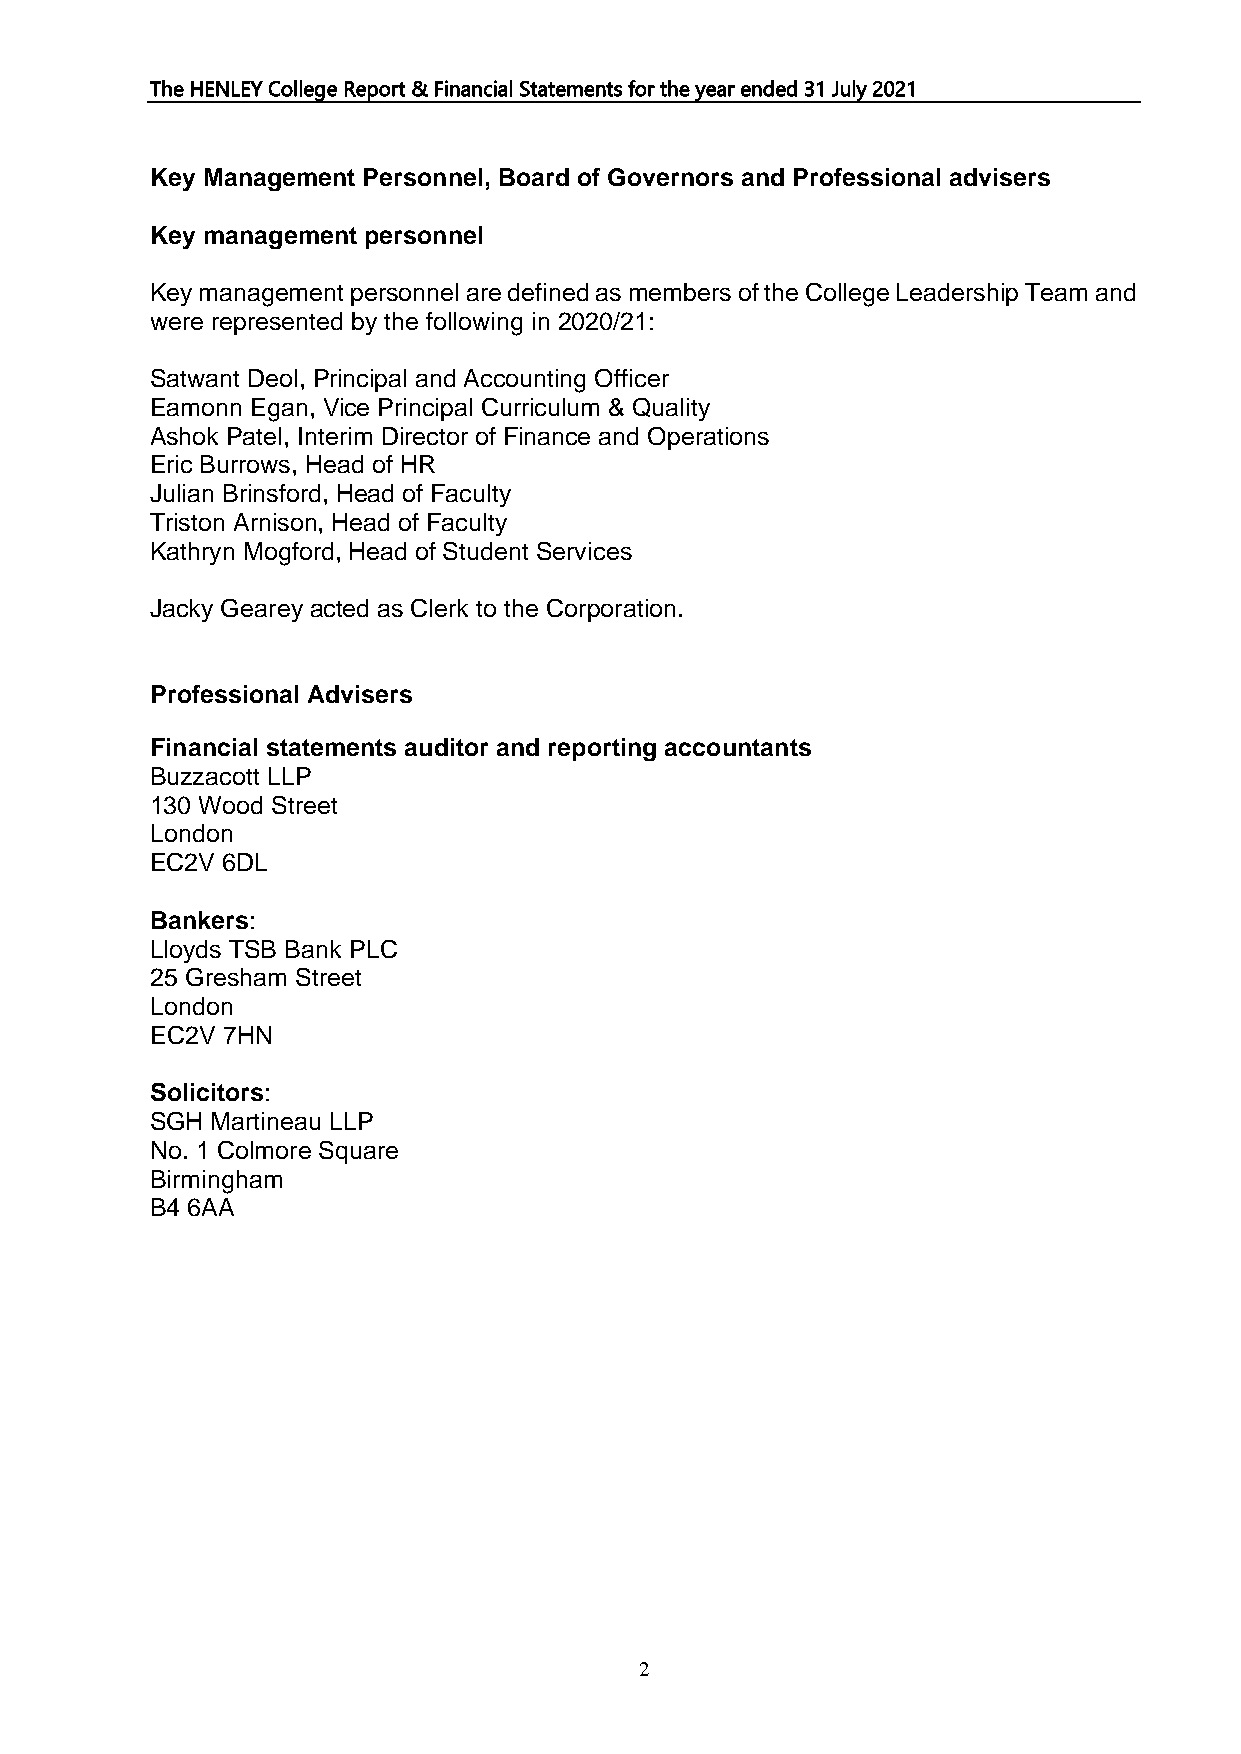
The HENLEY College Report & Financial Statements for the year ended 31 July 2021
 Key Management Personnel, Board of Governors and Professional advisers
 Key management personnel
 Key management personnel are defined as members of the College Leadership Team and
 were represented by the following in 2020/21:
 Satwant Deol, Principal and Accounting Officer
 Eamonn Egan, Vice Principal Curriculum & Quality
 Ashok Patel, Interim Director of Finance and Operations
 Eric Burrows, Head of HR
 Julian Brinsford, Head of Faculty
 Triston Arnison, Head of Faculty
 Kathryn Mogford, Head of Student Services
 Jacky Gearey acted as Clerk to the Corporation.
 Professional Advisers
 Financial statements auditor and reporting accountants
 Buzzacott LLP
 130 Wood Street
 London
 EC2V 6DL
 Bankers:
 Lloyds TSB Bank PLC
 25 Gresham Street
 London
 EC2V 7HN
 Solicitors:
 SGH Martineau LLP
 No. 1 Colmore Square
 Birmingham
 B4 6AA
 2